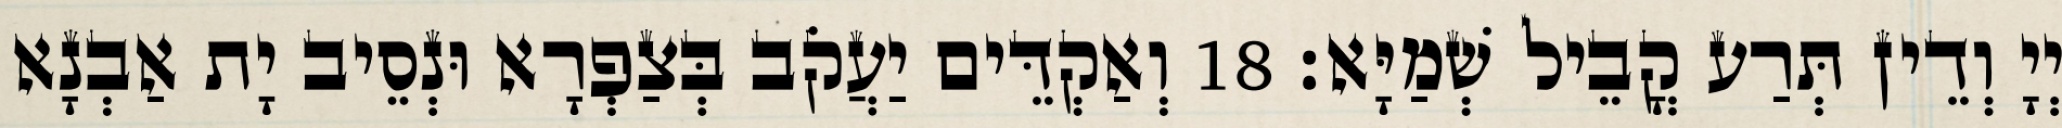
יְיָ וְדֵין תְּרַע קֳבֵיל שְׁמַיָּא׃ 18 וְאַקְדֵּים יַעֲקֹב בְּצַפְרָא וּנְסֵיב יָת אַבְנָא